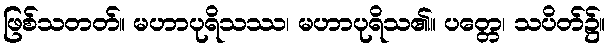
ဖြစ်သတတ်။ မဟာပုရိသဿ၊ မဟာပုရိသ၏။ ပတ္တေ၊ သပိတ်၌။